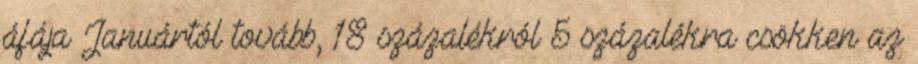
áfája Januártól tovább, 18 százalékról 5 százalékra csökken az